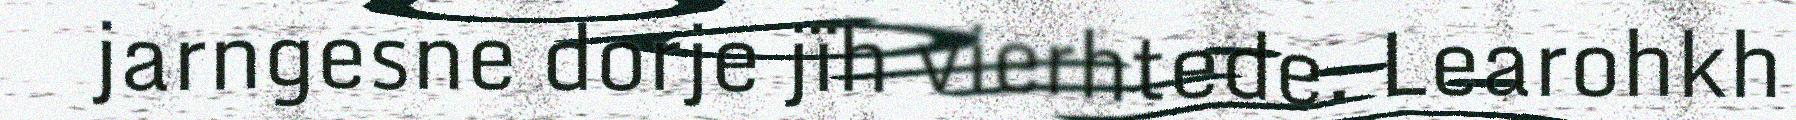
jarngesne dorje jïh vierhtede. Learohkh